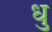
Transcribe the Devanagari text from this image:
धु